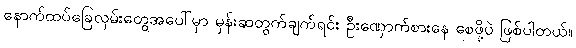
နောက်ထပ်ခြေလှမ်းတွေအပေါ်မှာ မှန်းဆတွက်ချက်ရင်း ဦးဏှောက်စားနေ စေဖို့ပဲ ဖြစ်ပါတယ်။